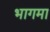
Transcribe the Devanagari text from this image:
भागमा